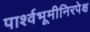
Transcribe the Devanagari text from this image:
पार्श्वभूमीनिरपेक्ष